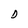
Character: D